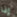
إذا